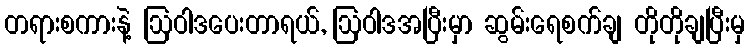
တရားစကားနဲ့ ဩဝါဒပေးတာရယ်, ဩဝါဒအပြီးမှာ ဆွမ်းရေစက်ချ တိုတိုချပြီးမှ